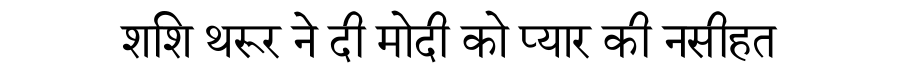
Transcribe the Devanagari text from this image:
शशि थरूर ने दी मोदी को प्यार की नसीहत